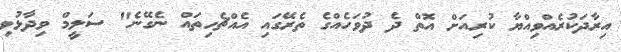
އިރާދަކުރެއްވިއްޔާ ކުރިއަށް އޮތް ދެ ދުވަހެއްގެ ތެރޭގައި އެއްޗެހިތައް ނެގޭނެ" ސަލީމް ވިދާޅުވި